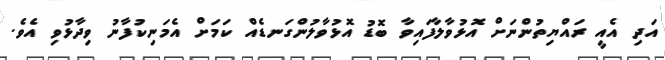
އަދި އެއީ ރައްޔިތުންނަށް އޮޅުވާލާފައިވާ ބޮޑު އޮޅުވާލުންގަނޑެއް ކަމަށް އެމަނިކުފާނު ވިދާޅުވި އެވެ.